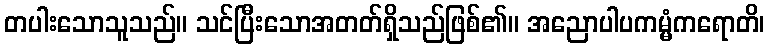
တပါးသောသူသည်။ သင်ပြီးသောအတတ်ရှိသည်ဖြစ်၏။ အညောပါပကမ္မံကရောတိ၊